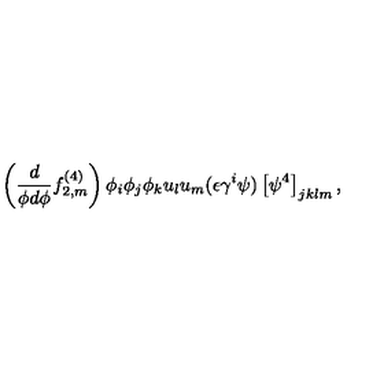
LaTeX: \left( \frac { d } { \phi d \phi } f _ { 2 , m } ^ { ( 4 ) } \right) \phi _ { i } \phi _ { j } \phi _ { k } u _ { l } u _ { m } ( \epsilon \gamma ^ { i } \psi ) \left[ \psi ^ { 4 } \right] _ { j k l m } ,